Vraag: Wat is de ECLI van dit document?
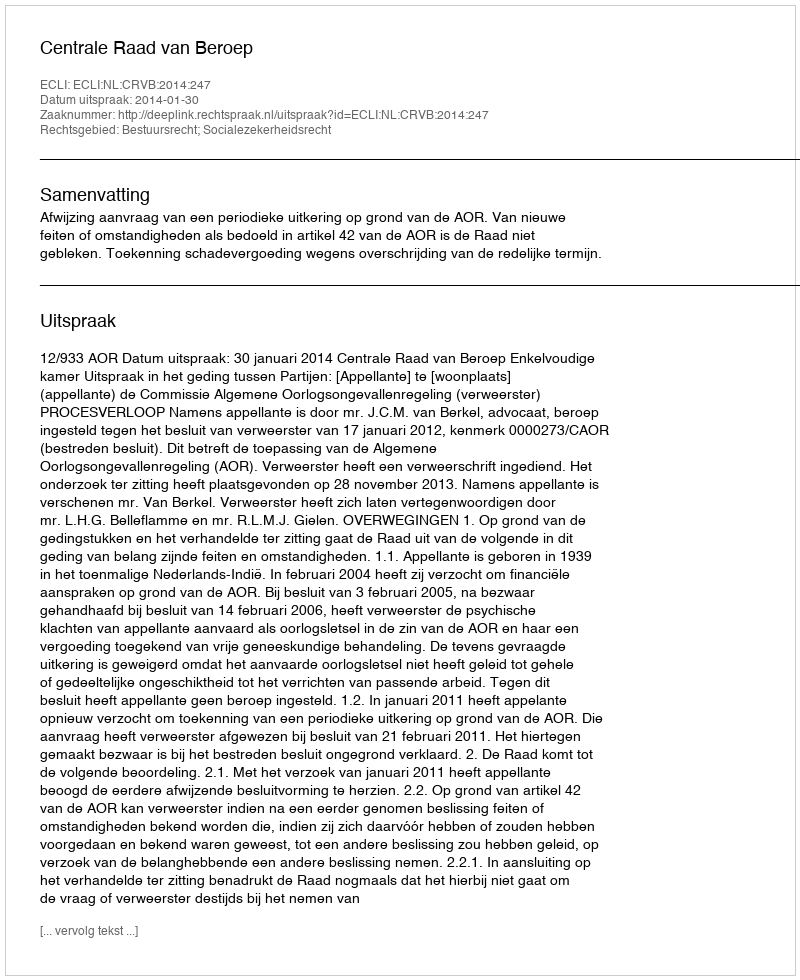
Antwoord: ECLI:NL:CRVB:2014:247